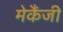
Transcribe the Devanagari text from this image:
मेकैंजी